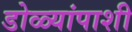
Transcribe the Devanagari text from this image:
डोळ्यांपाशी